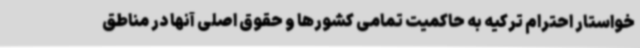
خواستار احترام ترکیه به حاکمیت تمامی کشورها و حقوق اصلی آنها در مناطق